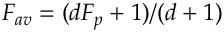
F _ { a v } = ( d F _ { p } + 1 ) / ( d + 1 )